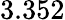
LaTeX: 3.352